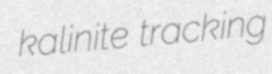
kalinite tracking